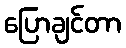
ပြောချင်တာ